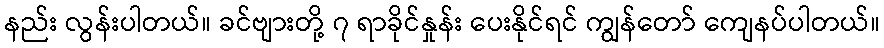
နည်း လွန်းပါတယ်။ ခင်ဗျားတို့ ၇ ရာခိုင်နှုန်း ပေးနိုင်ရင် ကျွန်တော် ကျေနပ်ပါတယ်။